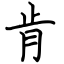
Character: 肯